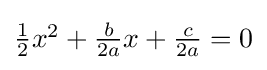
\textstyle {\tfrac {1}{2}}x^{2}+{\tfrac {b}{2a}}x+{\tfrac {c}{2a}}=0